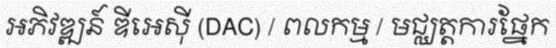
អភិវឌ្ឍន៍ ឌីអេស៊ី (DAC) / ពលកម្ម / មជ្ឈត្តការផ្នែក